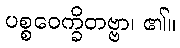
ပစ္စဝေက္ခိတဗ္ဗာ၊ ၏။